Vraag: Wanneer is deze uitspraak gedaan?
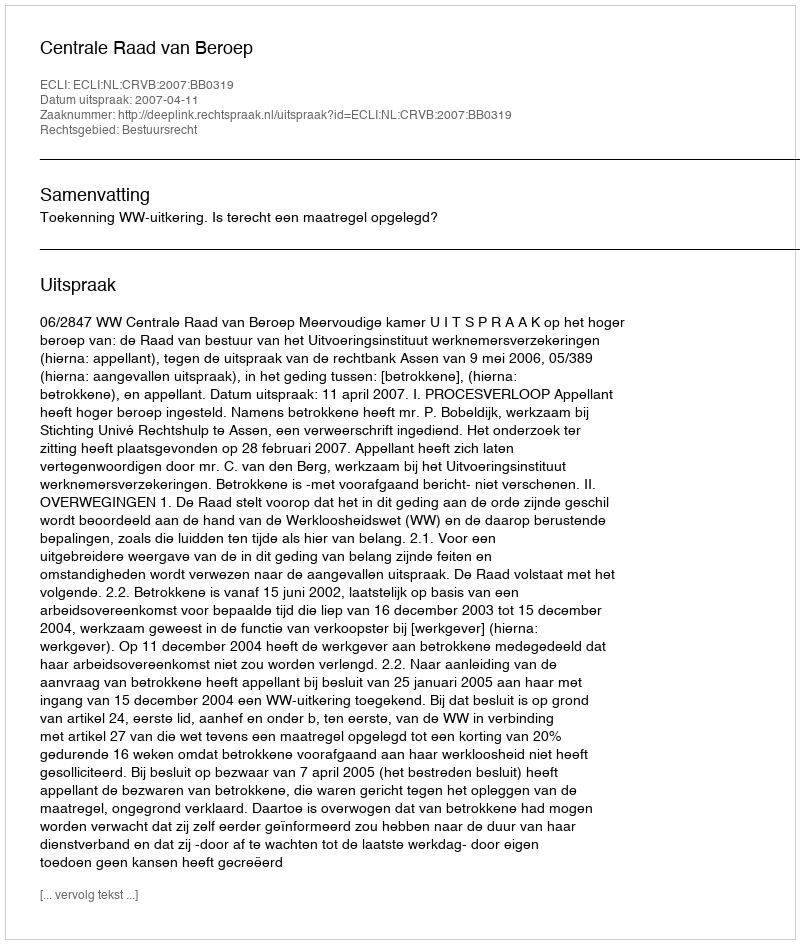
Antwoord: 2007-04-11